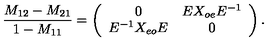
{ \frac { M _ { 1 2 } - M _ { 2 1 } } { 1 - M _ { 1 1 } } } = \left( \begin{array} { c c } { 0 } & { E X _ { o e } E ^ { - 1 } } \\ { E ^ { - 1 } X _ { e o } E } & { 0 } \\ \end{array} \right) .